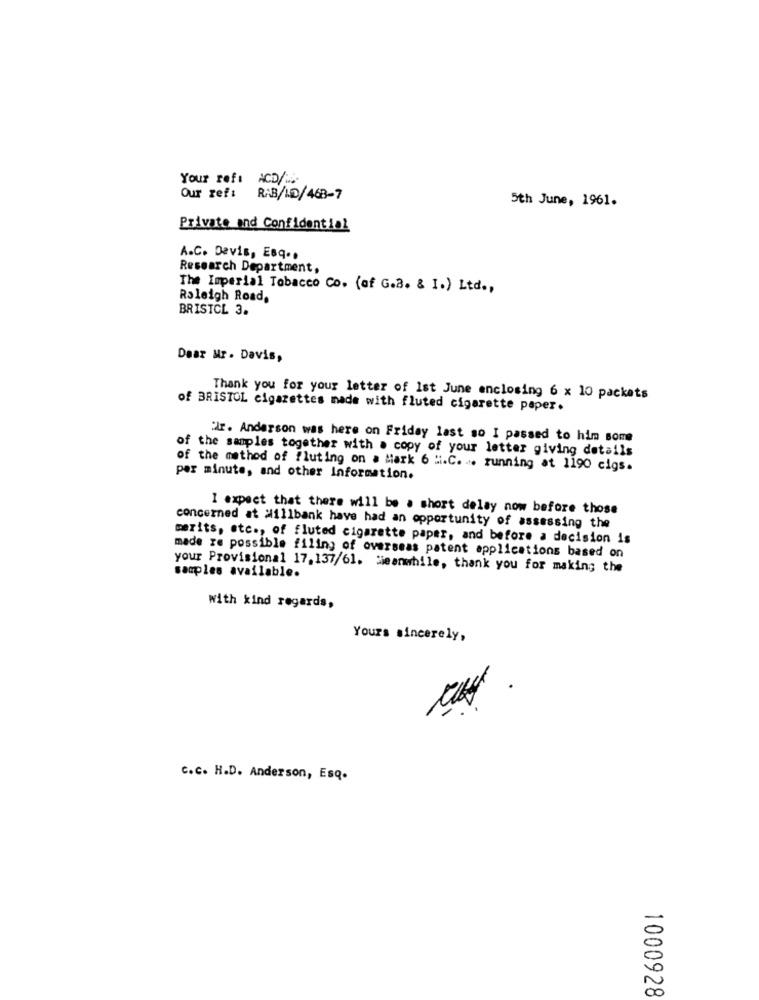
Your ref: ACD/ ...
Our ref:
RAB/HD/463-7
5th June, 1961.
Private and Confidential
A.C. Devis, Esq ..
Research Department,
The Imperial Tobacco Co. (of G.a. & I.) Ltd .,
Raleigh Road,
BRISTCL 3.
Dear Mr . Davis,
Thank you for your letter of Ist June enclosing 6 x 10 packets
of BRISTOL cigarettes made with fluted cigarette paper.
dr. Anderson was here on Friday last so I passed to him some
of the samples together with a copy of your letter giving details
of the method of fluting on a Mark 6 H.C. .. running at 1190 cigs.
per minute, and other Information.
I expect that there will be a short delay now before those
concerned at #illbank have had an opportunity of assessing the
merits, etc ., of fluted cigarette paper, and before a decision is
made re possible filing of overseas patent applications based on
your Provisional 17, 137/61. Meanwhile, thank you for making the
samples available.
with kind regards,
Yours sincerely,
5
c.c. H.D. Anderson, Esq.
1000928